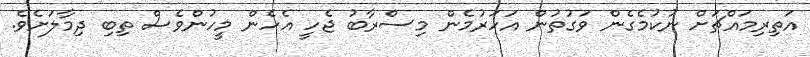
އަތިރިމައްޗަށް ނުކުމެގެން ވަގުތުން އަހަރުމެން މިސްރާބު ޖެހީ އެހެން މީހުންވެސް ތިބި ދިމާލަށެވެ.